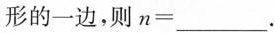
形的一边，则$$n = ___$$.